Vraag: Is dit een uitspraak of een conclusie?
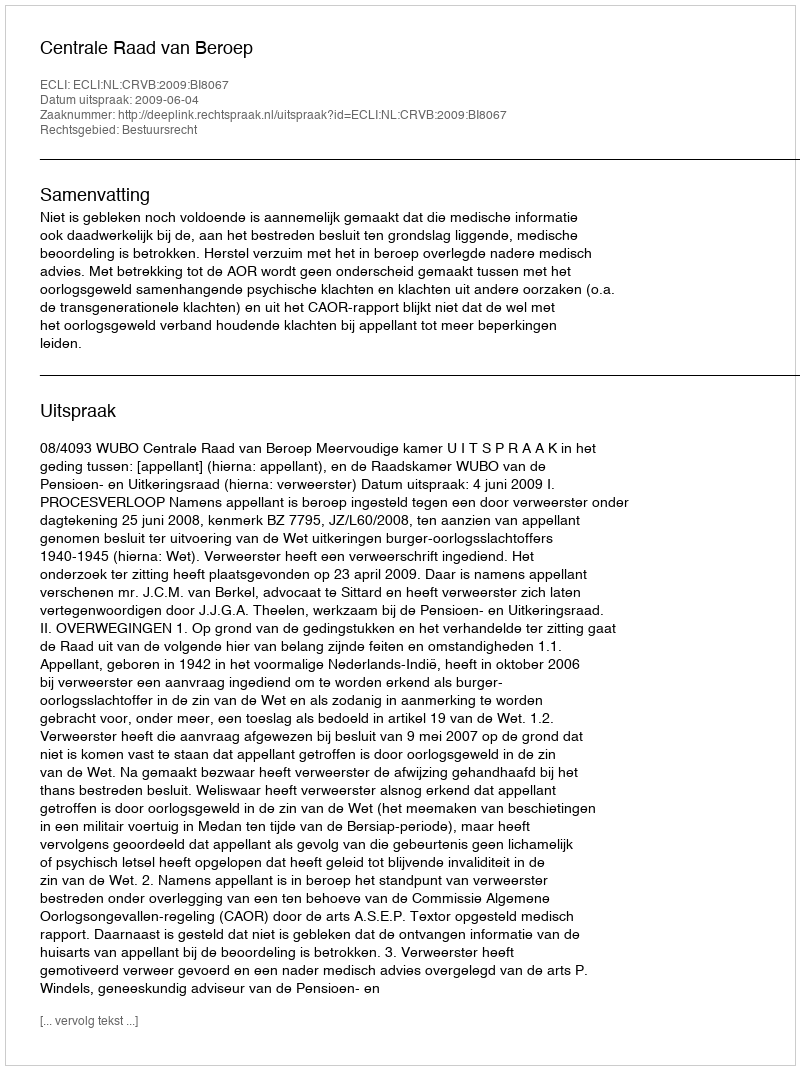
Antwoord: Uitspraak